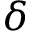
\delta